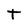
Character: t